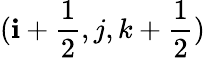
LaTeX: (\mathbf{i}+\frac{{1}}{{2}},j,k+\frac{{1}}{{2}})